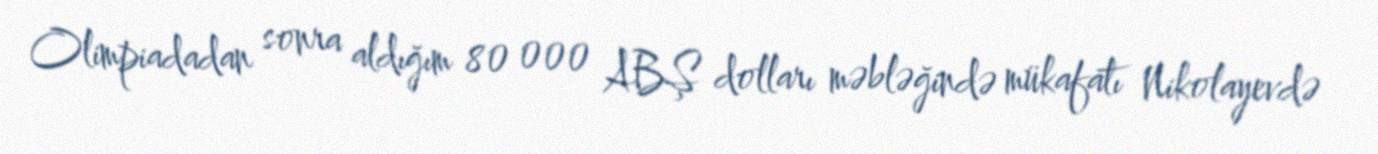
Olimpiadadan sonra aldığım 80 000 ABŞ dolları məbləğində mükafatı Nikolayevdə